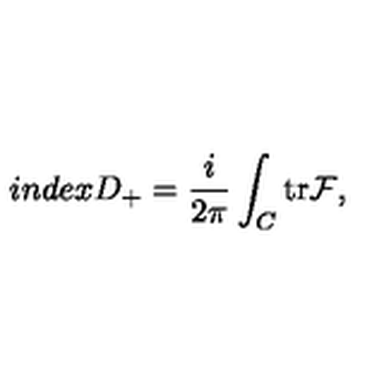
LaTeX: i n d e x D _ { + } = \frac { i } { 2 \pi } \int _ { C } { \mathrm { t r } { \cal { F } } } ,